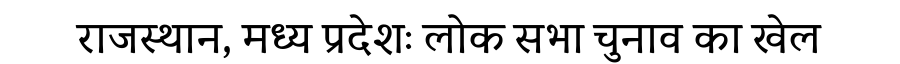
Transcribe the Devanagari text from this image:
राजस्थान, मध्य प्रदेशः लोक सभा चुनाव का खेल